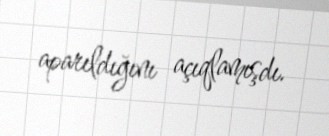
aparıldığını açıqlamışdı.